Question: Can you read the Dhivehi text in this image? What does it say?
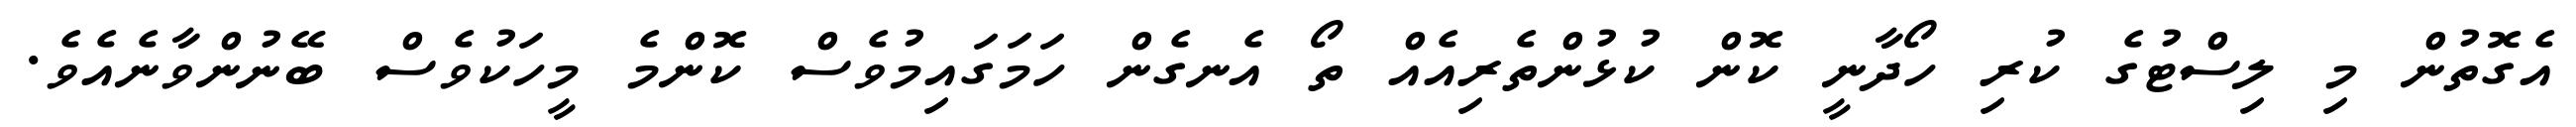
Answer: އެގޮތުން މި ލިސްޓުގެ ކުރި ހޯދާނީ ކޮން ކުޅުންތެރިއެއް ތޯ އެނގެން ހަމަގައިމުވެސް ކޮންމެ މީހަކުވެސް ބޭނުންވާނެއެވެ.